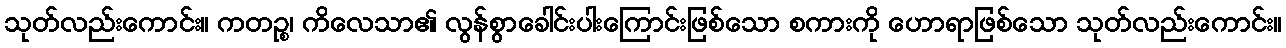
သုတ်လည်းကောင်း။ ကတဉ္စ၊ ကိလေသာ၏ လွန်စွာခေါင်းပါးကြောင်းဖြစ်သော စကားကို ဟောရာဖြစ်သော သုတ်လည်းကောင်း။